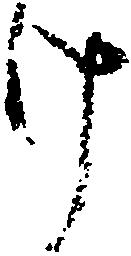
け